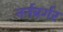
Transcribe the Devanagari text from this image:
नर्नबर्गर